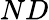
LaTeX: ND